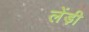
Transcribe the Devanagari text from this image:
लेंड़ी